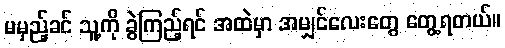
မမှည့်ခင် သူ့ကို ခွဲကြည့်ရင် အထဲမှာ အမျှင်လေးတွေ တွေ့ရတယ်။